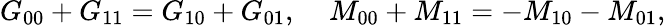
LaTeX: G_{00}+G_{11}=G_{10}+G_{01},\; \; \; \; M_{00}+M_{11}=-M_{10}-M_{01},